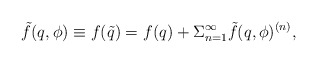
\begin{align*}\tilde f(q,\phi )\equiv f(\tilde q)=f(q)+\Sigma _{n=1}^\infty \tilde f(q,\phi )^{(n)},\end{align*}